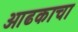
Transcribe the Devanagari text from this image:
आढकाचा